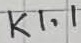
Text: K1.1